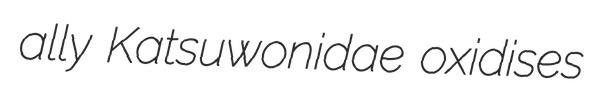
ally Katsuwonidae oxidises